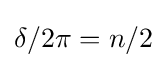
\delta /2\pi =n/2\,\!